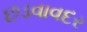
છડવાવદર